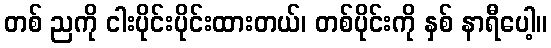
တစ် ညကို ငါးပိုင်းပိုင်းထားတယ်၊ တစ်ပိုင်းကို နှစ် နာရီပေါ့။